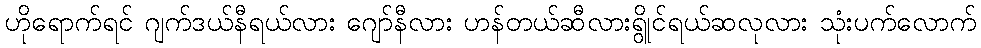
ဟိုရောက်ရင် ဂျက်ဒယ်နီရယ်လား ဂျော်နီလား ဟန်တယ်ဆီလားရွိုင်ရယ်ဆလုလား သုံးပက်လောက်